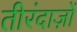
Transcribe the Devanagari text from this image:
तीरंदाज़ों